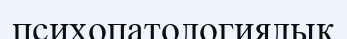
психопатологиялық